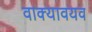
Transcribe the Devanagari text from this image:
वाक्यावयव